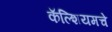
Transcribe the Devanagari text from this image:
कॅल्शियमचे